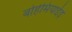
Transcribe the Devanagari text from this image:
बोहेमियाईइ